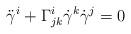
LaTeX: \begin{align*} \ddot \gamma^i + \Gamma_{jk}^i\dot \gamma^k \dot \gamma^j=0\end{align*}